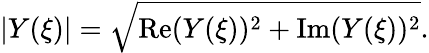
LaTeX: |Y(\xi)|=\sqrt{\mathrm{Re}(Y(\xi))^{2}+\mathrm{Im}(Y(\xi))^{2}}.